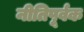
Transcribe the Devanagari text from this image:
नीतिपूर्वक